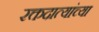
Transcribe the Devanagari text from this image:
रक्तदात्यांच्या